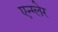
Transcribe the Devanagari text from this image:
एन्ग्लेर